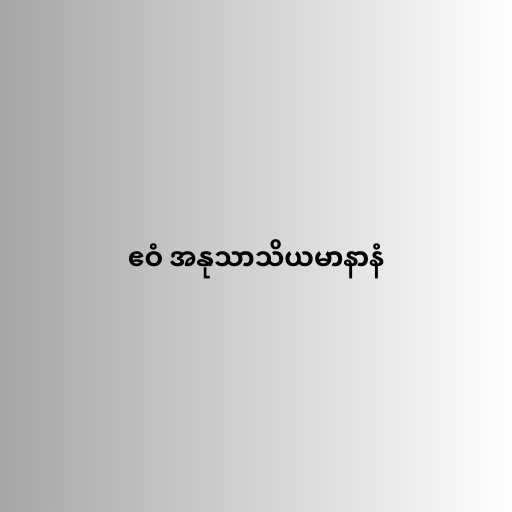
ဧဝံ အနုသာသိယမာနာနံ